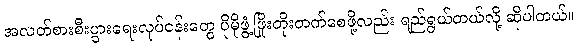
အလတ်စားစီးပွားရေးလုပ်ငန်းတွေ ပိုမိုဖွံ့ဖြိုးတိုးတက်စေဖို့လည်း ရည်ရွယ်တယ်လို့ ဆိုပါတယ်။